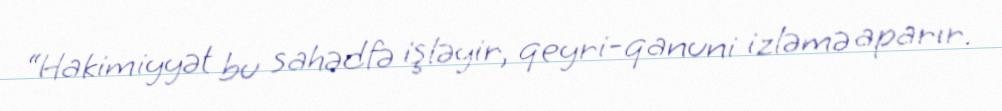
“Hakimiyyət bu sahədfə işləyir, qeyri-qanuni izləmə aparır.